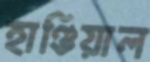
হাণ্ডিয়াল